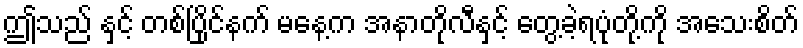
ဤသည် နှင့် တစ်ပြိုင်နက် မနေ့က အနာတိုလီနှင့် တွေ့ခဲ့ရပုံတို့ကို အသေးစိတ်